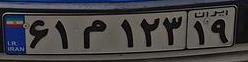
۶۱م۱۲۳۱۹